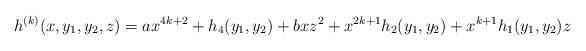
LaTeX: \begin{align*}h^{(k)}(x,y_1,y_2,z)=a x^{4k+2}+h_4(y_1, y_2)+ b xz^2+x^{2k+1}h_2(y_1, y_2)+x^{k+1}h_1(y_1,y_2)z\end{align*}